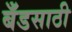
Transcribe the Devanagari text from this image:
बँडसाठी